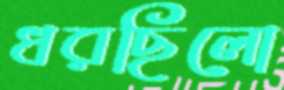
ধরছিলো